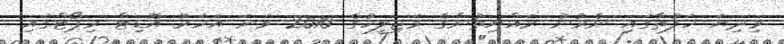
މިދިޔަ ހަފުތާގައި ނެރުނު ރައްޔިތުންގެ މަޖިލީހުގެ 2010 ވަނަ އަހަރު އޮޑިޓް ރިޕޯޓްގައި